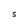
Character: S